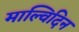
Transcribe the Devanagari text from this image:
माल्विदिन